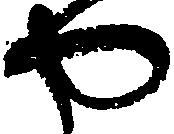
や